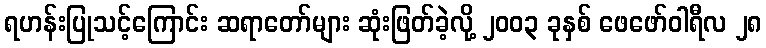
ရဟန်းပြုသင့်ကြောင်း ဆရာတော်များ ဆုံးဖြတ်ခဲ့လို့ ၂၀၀၃ ခုနှစ် ဖေဖော်ဝါရီလ ၂၈